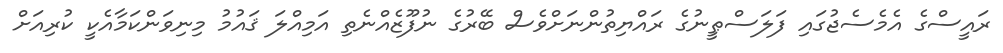
ރައީސްގެ އެމެސެޖުގައި ފަލަސްޠީނުގެ ރައްޔިތުންނަށްވެސް ބޭރުގެ ނުފޫޒެއްނެތި އަމިއްލަ ޤައުމު މިނިވަންކަމާއެކީ ކުރިއަށް